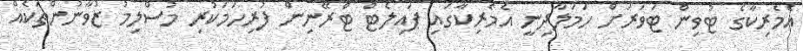
އެމެރިކާގެ ޓުވިން ޓަވަރަށް ހަމަލާދިނީ އެމެރިކާގައި ޕައިލެޓް ޓްރޭނިން ފުރިހަމަކުރި މުސްލިމު ޒުވާނުންތަކެއް